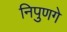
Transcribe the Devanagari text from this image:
निपुणगे